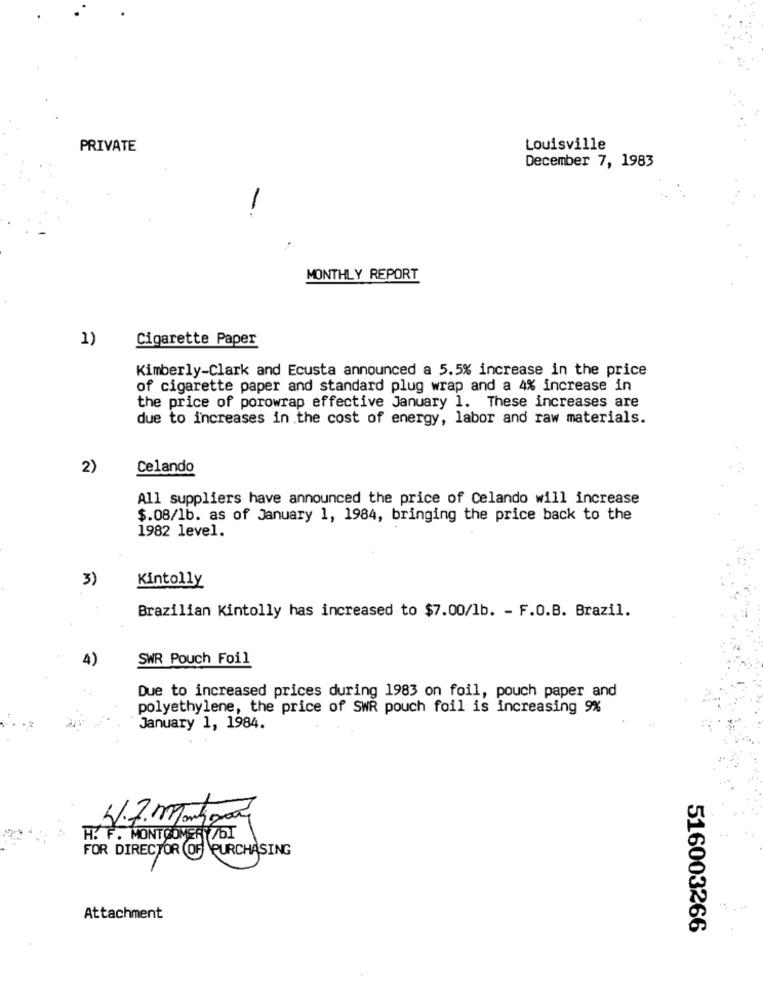
PRIVATE
Louisville
December 7, 1983
MONTHLY REPORT
1)
Cigarette Paper
Kimberly-Clark and Ecusta announced a 5.5% increase in the price
of cigarette paper and standard plug wrap and a 4% increase in
the price of porowrap effective January 1. These increases are
due to increases in the cost of energy, labor and raw materials.
2)
Celando
All suppliers have announced the price of Celando will increase
$.08/1b. as of January 1, 1984, bringing the price back to the
1982 level.
3)
Kintolly
Brazilian Kintolly has increased to $7.00/1b. - F.O.B. Brazil.
4)
SWR Pouch Foil
Due to increased prices during 1983 on foil, pouch paper and
polyethylene, the price of SWR pouch foil is increasing 9%
January 1, 1984.
H. F. MONTGOMERY/DI
FOR DIRECTOR OF PURCHASING
Attachment
516003266